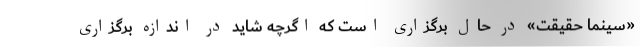
«سینما حقیقت» در حال برگزاری است که اگرچه شاید در اندازه برگزاری